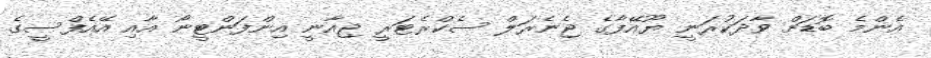
އެންމެ ބޮޑަށް ވާދަކުރަނީ ޔޫއޭފާގެ ޖެނެރަލް ސެކްރެޓަރީ ޖިއާނީ އިންފަންޓީނޯ އާއި އޭއެފްސީގެ